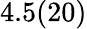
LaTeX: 4.5(20)